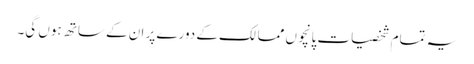
یہ تمام شخصیات پانچوں ممالک کے دورے پر ان کے ساتھ ہوں گی۔